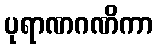
ပုရာဏဂဏိကာ